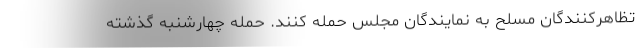
تظاهرکنندگان مسلح به نمایندگان مجلس حمله کنند. حملهٔ چهارشنبهٔ گذشتهٔ